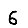
Digit: 6